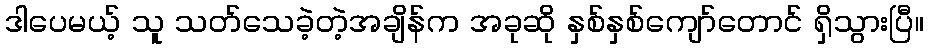
ဒါပေမယ့် သူ သတ်သေခဲ့တဲ့အချိန်က အခုဆို နှစ်နှစ်ကျော်တောင် ရှိသွားပြီ။